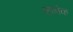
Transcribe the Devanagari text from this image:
व्हानेक